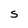
Character: S